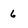
Character: 6